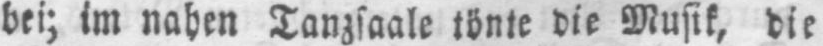
bei; im nahen Tanzsaale tönte die Musik, die